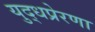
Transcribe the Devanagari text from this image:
युद्धप्रेरणा